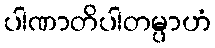
ပါဏာတိပါတမ္ပာဟံ